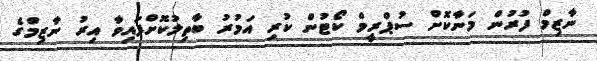
ނާޒިމް ފުރުން މަނާކޮށް ސުޕްރީމް ކޯޓުން ކުރި އަމުރު ބާތިލުކޮށްފައިވާ އިރު ނާޒިމްގެ